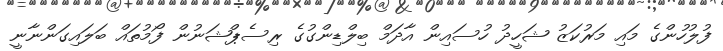
ފުލުހުންގެ މައި މަރުކަޒު ޝަހީދު ހުސައިން އާދަމް ބިލްޑިންގުގެ ރިސެޕްޝަނުން ފޯމުތައް ބަލައިގަންނާނީ